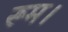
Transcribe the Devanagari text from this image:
रूम।